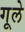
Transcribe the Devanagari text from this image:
गूले